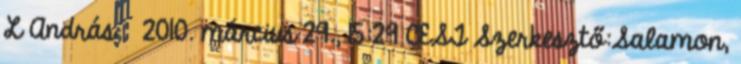
L András → 2010. március 29., 15:29 CEST Szerkesztő:Salamon,